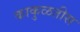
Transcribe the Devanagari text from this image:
काकुळतीस